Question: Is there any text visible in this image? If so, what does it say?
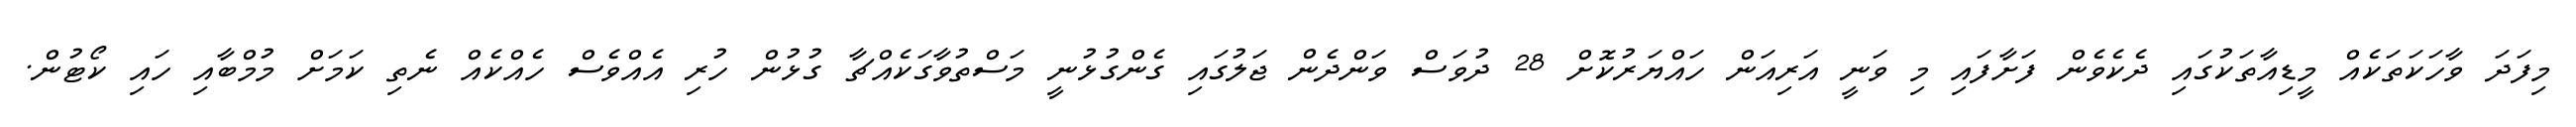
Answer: މިފަދަ ވާހަކަތަކެއް މީޑިއާތަކުގައި ދެކެވެން ފަށާފައި މި ވަނީ އަރިއަން ހައްޔަރުކޮށް 28 ދުވަސް ވަންދެން ޖަލުގައި ގެންގުޅުނީ މަސްތުވާގަކެއްޗާ ގުޅުން ހުރި އެއްވެސް ހެއްކެއް ނެތި ކަމަށް މުމްބާއި ހައި ކޯޓުން.